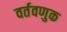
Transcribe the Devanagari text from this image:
वर्तवणुक